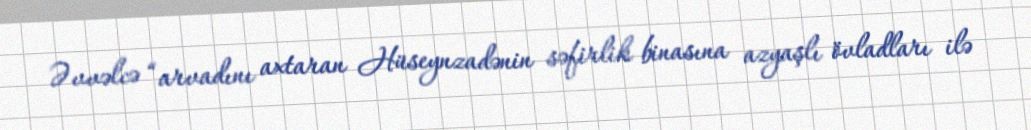
Əvvəlcə “arvadını axtaran Hüseynzadənin səfirlik binasına azyaşlı övladları ilə